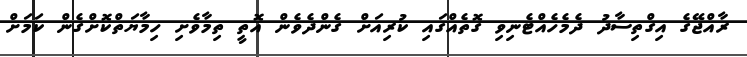
ރާއްޖޭގެ އިގްތިސާދު ދެމެހެއްޓެނިވި ގޮތެއްގައި ކުރިއަށް ގެންދެވެން އޮތީ ތިމާވެށި ހިމާޔަތްކޮށްގެން ކަމަށް